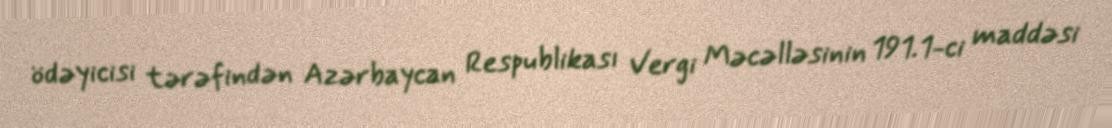
ödəyicisi tərəfindən Azərbaycan Respublikası Vergi Məcəlləsinin 191.1-ci maddəsi